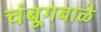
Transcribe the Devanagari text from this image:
चंबूगबाळे